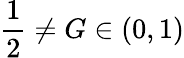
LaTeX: \frac{1}{2}\neq G\in(0,1)